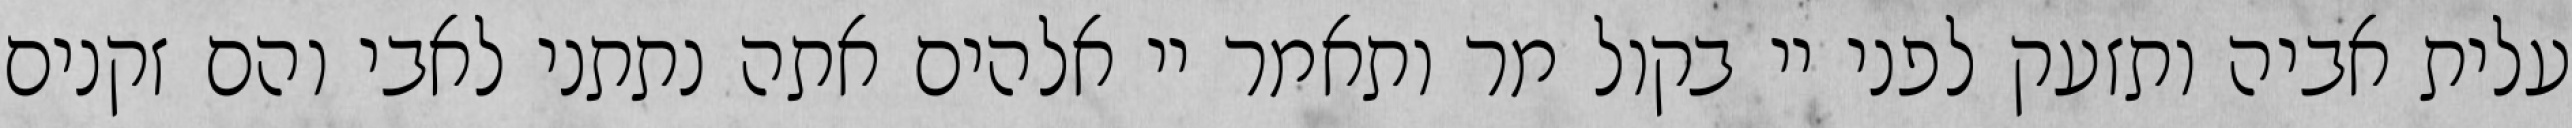
עלית אביה ותזעק לפני יי בקול מר ותאמר יי אלהים אתה נתתני לאבי והם זקנים